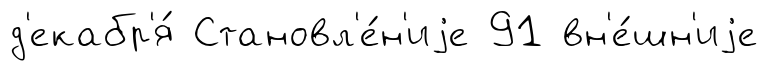
д'екабр'я́ Становл'е́н'иjе 91 вн'е́шн'иjе